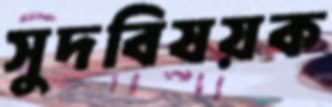
সুদবিষয়ক